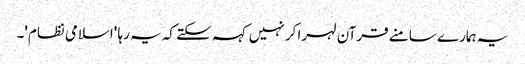
یہ ہمارے سامنے قرآن لہرا کر نہیں کہہ سکتے کہ یہ رہا 'اسلامی نظام'۔